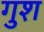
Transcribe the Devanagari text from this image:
गुश